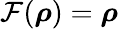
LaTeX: \mathcal{F}(\boldsymbol{\rho})=\boldsymbol{\rho}